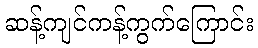
ဆန့်ကျင်ကန့်ကွက်ကြောင်း